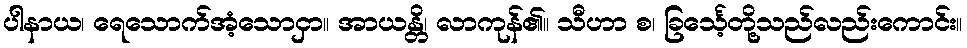
ပါနာယ၊ ရေသောက်အံ့သောငှာ။ အာယန္တိ၊ လာကုန်၏။ သီဟာ စ၊ ခြင်္သေ့တို့သည်လည်းကောင်း။